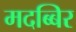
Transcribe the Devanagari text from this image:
मदब्बिर